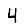
Digit: 4